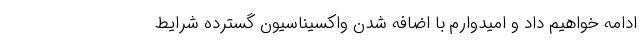
ادامه خواهیم داد و امیدوارم با اضافه شدن واکسیناسیون گسترده شرایط